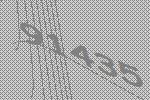
91435